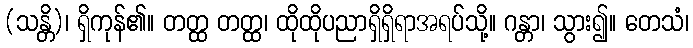
(သန္တိ)၊ ရှိကုန်၏။ တတ္ထ တတ္ထ၊ ထိုထိုပညာရှိရှိရာအရပ်သို့။ ဂန္တာ၊ သွား၍။ တေသံ၊